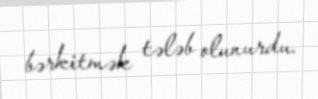
bərkitmək tələb olunurdu.